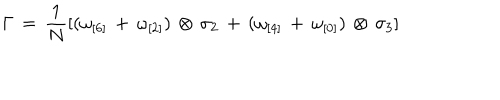
LaTeX: \Gamma \, = \, \frac { 1 } { N } [ ( \omega _ { [ 6 ] } \, + \, \omega _ { [ 2 ] } ) \, \otimes \, \sigma _ { 2 } \, + \, ( \omega _ { [ 4 ] } \, + \, \omega _ { [ 0 ] } ) \, \otimes \, \sigma _ { 3 } ]